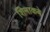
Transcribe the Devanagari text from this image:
शिनाकबे